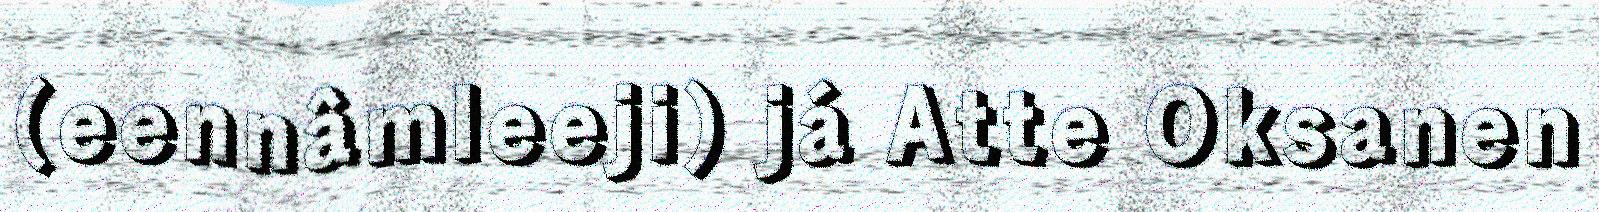
(eennâmleeji) já Atte Oksanen